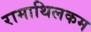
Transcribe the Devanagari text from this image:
रामाथिलकम